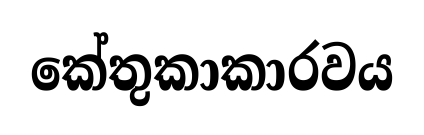
කේතුකාකාරවය